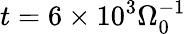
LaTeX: t=6\times 10^{3}\Omega_{0}^{-1}